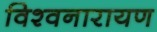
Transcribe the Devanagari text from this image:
विश्वनारायण